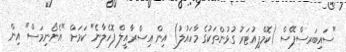
"ސައިބަރސްޕޭސް (ކޮމްޕިއުޓަރު ގުޅުންތަކުގެ މާހައުލު) އިން އިސްރާއީލް ފޮހެލާނެ" ކަމަށް "އެނޯނިމަސް" އިން